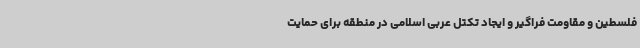
فلسطین و مقاومت فراگیر و ایجاد تکتل عربی اسلامی در منطقه برای حمایت